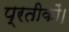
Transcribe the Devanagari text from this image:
प्रतीकों।